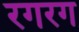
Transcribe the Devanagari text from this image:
रगरग